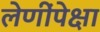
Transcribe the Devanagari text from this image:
लेणींपेक्षा